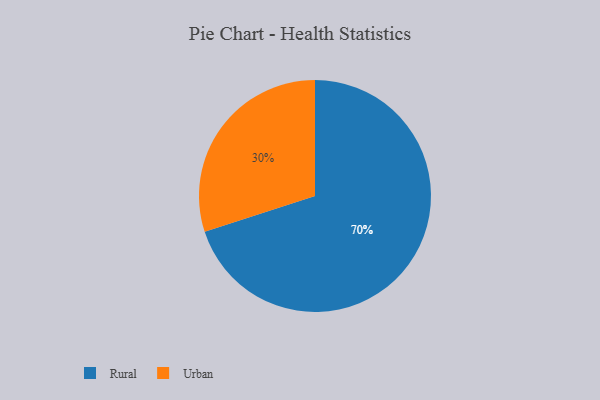
{"axis": {"x": "Category", "y": "Percentage"}, "legend": ["Rural", "Urban"], "data": [{"x": "Rural", "y": 70, "type": "Rural"}, {"x": "Urban", "y": 30, "type": "Urban"}]}